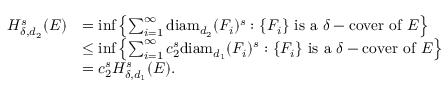
\begin{array} { r l } { H _ { \delta , d _ { 2 } } ^ { s } ( E ) } & { = \operatorname* { i n f } \left\{ \sum _ { i = 1 } ^ { \infty } \mathrm { d i a m } _ { d _ { 2 } } ( F _ { i } ) ^ { s } : \{ F _ { i } \} ~ \mathrm { i s ~ a } ~ \delta - \mathrm { c o v e r ~ o f } ~ E \right\} } \\ & { \le \operatorname* { i n f } \left\{ \sum _ { i = 1 } ^ { \infty } c _ { 2 } ^ { s } \mathrm { d i a m } _ { d _ { 1 } } ( F _ { i } ) ^ { s } : \{ F _ { i } \} ~ \mathrm { i s ~ a } ~ \delta - \mathrm { c o v e r ~ o f } ~ E \right\} } \\ & { = c _ { 2 } ^ { s } H _ { \delta , d _ { 1 } } ^ { s } ( E ) . } \end{array}